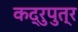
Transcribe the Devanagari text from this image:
कद्रुपुत्र